Leaving Certificate Examination, 1924
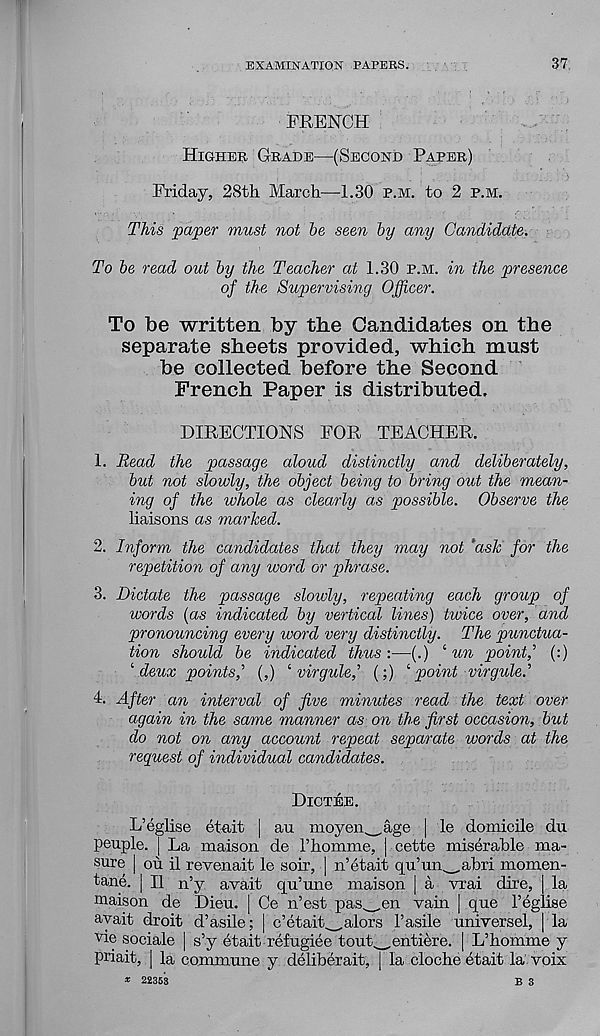
EXAMINATION PAPERS.
37
FRENCH
Higher Grade—(Second Paper)
Friday, 28th March—1.30 p.m. to 2 p.m.
This paper must not he seen by any Candidate.
To be read out by the Teacher at 1.30 p.m. in the presence
of the Supervising Officer.
To be written by the Candidates on the
separate sheets provided, which must
be collected before the Second
French Paper is distributed.
DIRECTIONS FOR TEACHER.
1. Read the passage aloud distinctly and deliberately,
but not slowly, the object being to bring out the mean-
ing of the whole as clearly as possible. Observe the
liaisons as marked.
2. Inform the candidates that they may not 'ash for the
repetition of any word or phrase.
3. Dictate the passage slowly, repeating each group of
words (as indicated by vertical lines) twice over, and
pronouncing every word very distinctly. The punctua-
tion should be indicated thus :—(.) ‘ un point,(:)
' deux points,' (,) i virgule,' (;) ‘ point virgule.'
4. After an interval of five minutes read the text over
again in the same manner as on the first occasion, but
do not on any account repeat separate words at the
request of individual candidates.
Dictee.
an moyen^
de rhomme.
L’eglise etait
peuple. | La maison
sure |
tane.
maison de
avait droit
vie sociale | s’y etait refugiee tout,
priait, | la commune y deliberait,
* 22353
Age | le domicile du
I cette miserable ma-
ou il revenait le soir, | n’etait qu’un_abri momen-
II n’y avait qu’une maison | a vrai dire, la
Ce n’est pas^_en vain | que 1’eglise
I c’etait^alors Fasile universel, la
Dieu.
d’asile;
,entiere. [ L’homme y
la cloche etait la voix
B 3